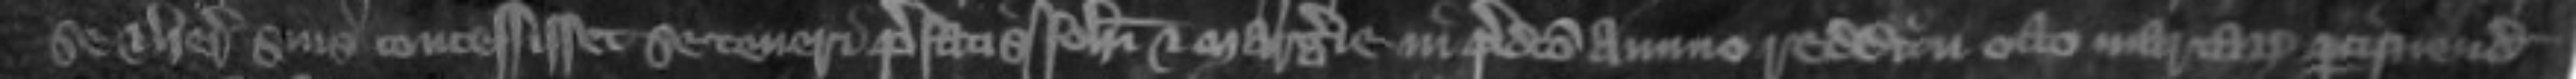
se et heredibus suis concessit se teneri prefatis Johanni et Margerie in predicto annuo redditu octo marcarum percipiendo